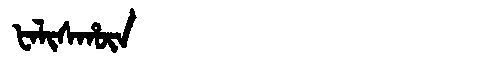
Manchu: ᡶᠠᠯᡳᠰᡥᡡᠨ
Romanization: FALISHŪN